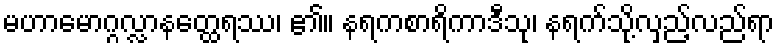
မဟာမောဂ္ဂလ္လာနတ္ထေရဿ၊ ၏။ နရကစာရိကာဒီသု၊ နရက်သို့လှည့်လည်ရာ